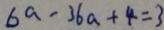
6 a - 3 6 a + 4 = 3